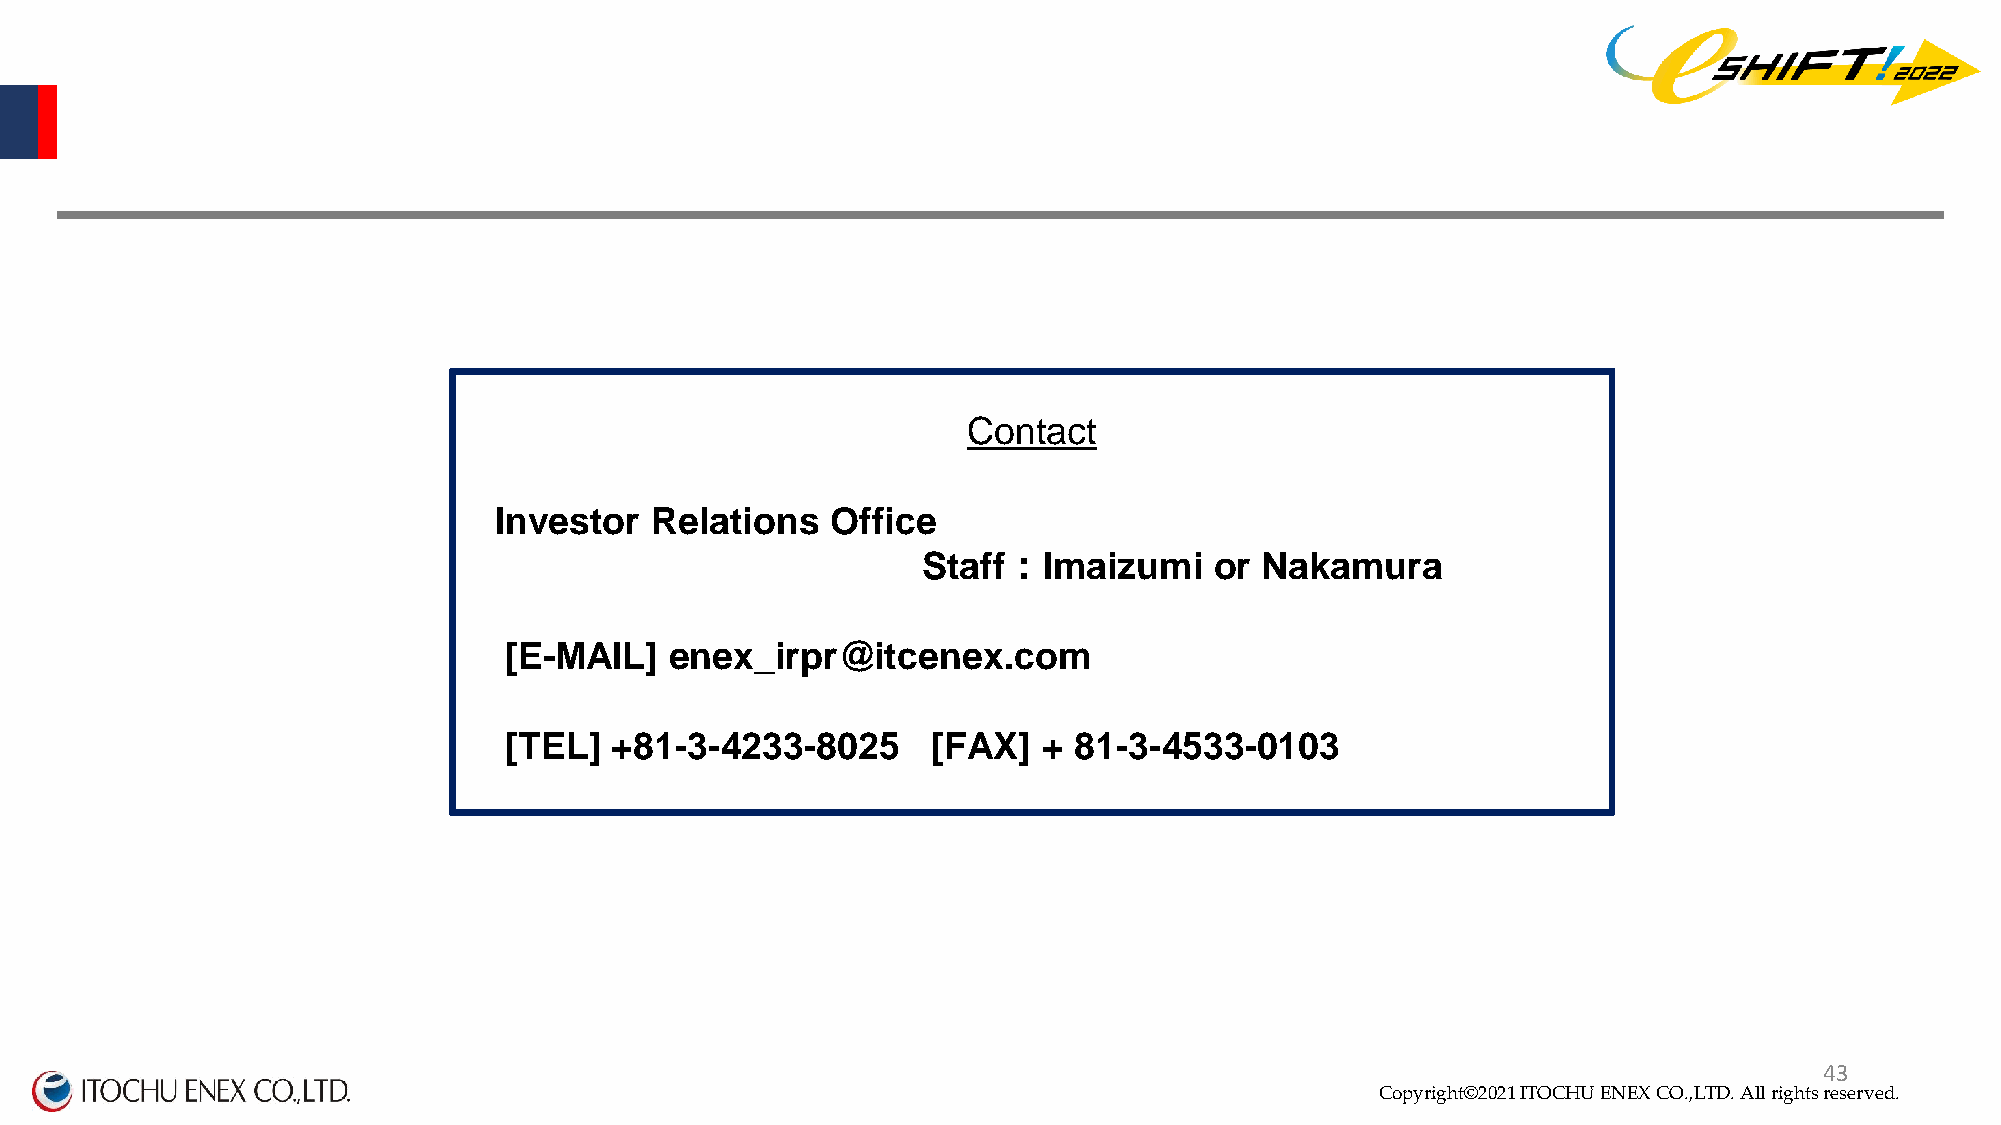
Contact
 Investor  Relations   Office
 Staff：Imaizumi     or Nakamura
 [E-MAIL]   enex_irpr@itcenex.com
 [TEL]  +81-3-4233-8025       [FAX]  + 81-3-4533-0103
 Copyright©2020 ITOCHU ENEX CO.,LTD. All right4s 3reserved.
 Copyright©2021 ITOCHU ENEX CO.,LTD. All rights reserved.